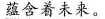
\underline{蕴含着未来。}